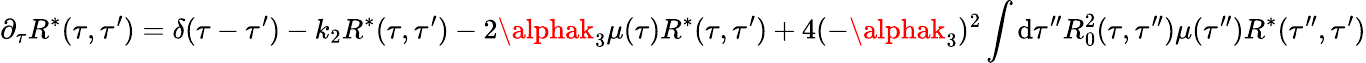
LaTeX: \partial_{\tau}R^{*}(\tau,\tau^{\prime})=\delta(\tau-\tau^{\prime})-k_{2}R^{*}(\tau,\tau^{\prime})-2\alphak_{3}\mu(\tau)R^{*}(\tau,\tau^{\prime})+4(-\alphak_{3})^{2}\int\mathrm{d}\tau^{\prime\prime}R_{0}^{2}(\tau,\tau^{\prime\prime})\mu(\tau^{\prime\prime})R^{*}(\tau^{\prime\prime},\tau^{\prime})